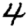
Digit: 4